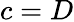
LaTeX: c=D